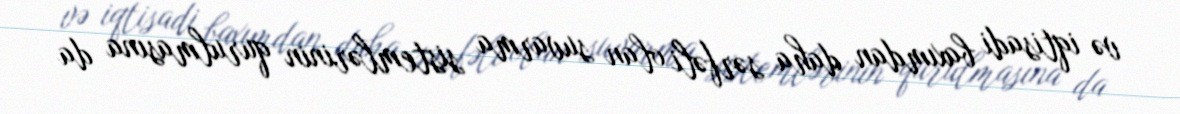
və iqtisadi baxımdan daha sərfəli olan suvarma sistemlərinin qurulmasına da